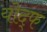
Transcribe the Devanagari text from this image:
योद्फ